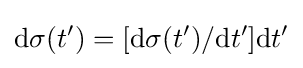
{\mbox{d}}\sigma (t')=[{\mbox{d}}\sigma (t')/{\mbox{d}}t']{\mbox{d}}t'